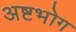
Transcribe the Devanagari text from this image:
अष्टभोग